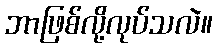
ဘာဖြစ်လို့လုပ်သလဲ။